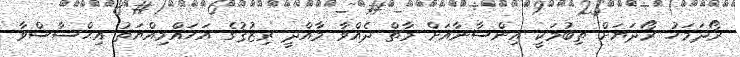
ރޯދަމަހު ރޯދަޔަށް ތިބުމަކީ އިންސާނާއަށް މާތް ދެއްވާ މާއްދީ ރިޒުޤުގެ އަހައްމިއްޔަތު އިޙްސާސްވާ